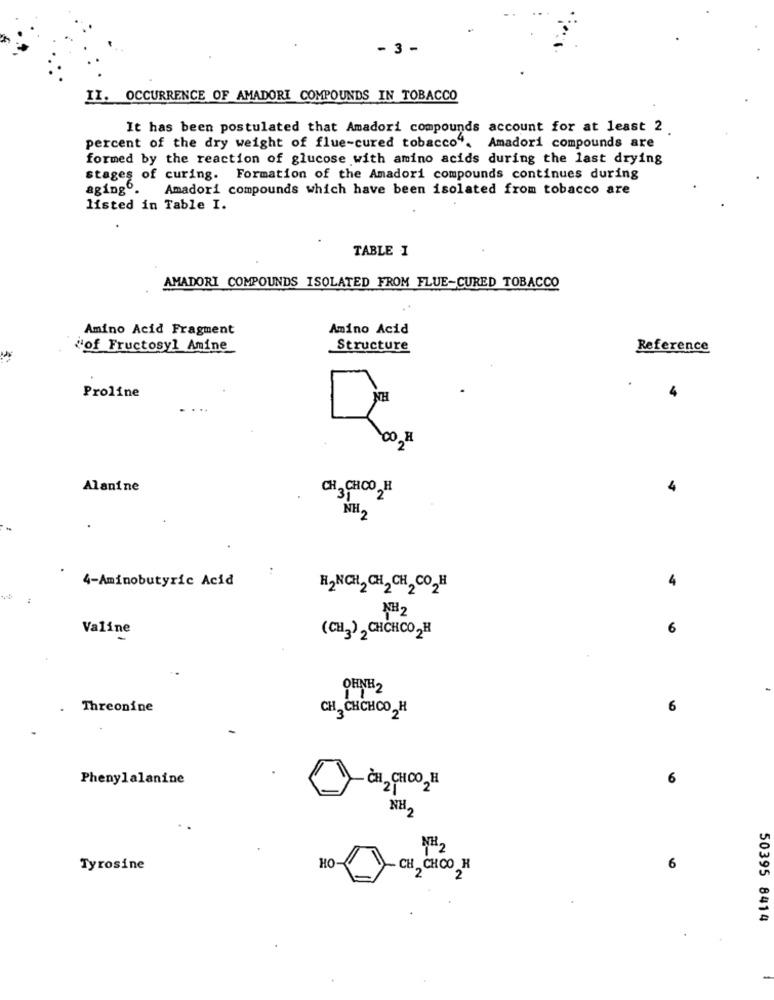
- 3 -
II. OCCURRENCE OF AMADORI COMPOUNDS IN TOBACCO
It has been postulated that Amadori compounds account for at least 2
percent of the dry weight of flue-cured tobacco". Amadori compounds are
formed by the reaction of glucose with amino acids during the last drying
stages of curing. Formation of the Amadori compounds continues during
aging0.
Amadori compounds which have been isolated from tobacco are
listed in Table I.
TABLE 1
AMADORI COMPOUNDS ISOLATED FROM FLUE-CURED TOBACCO
Amino Acid Fragment
Amino Acid
¿of Fructosyl Amine
Structure
Reference
HN
Proline
CO H
Alanine
CH CHCO H
NH2
4-Aminobutyric Acid
H2 NCH2 CH 2 CH 2 CO2H
NH2
Valine
6
(CH3) 2 CHCHCO2H
OHNH2
Threonine
CH -CHCHCO , H
6
Phenylalanine
CH, CHOO , H
6
NH2
NH2
Tyrosine
HO
- CH CHCO H
6
2
50395 8414